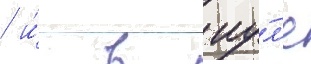
/ и́ в иу́л'е